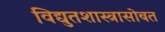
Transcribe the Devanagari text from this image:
विद्युतशास्त्रासोबत